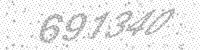
Solution: 691340